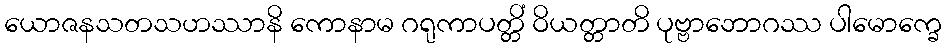
ယောဇနသတသဟဿာနိ ကောနာမ ဂရုကာပတ္တိံ ဝိယတ္တာတိ ပုဗ္ဗာဘောဂဿ ပါမောက္ခေ